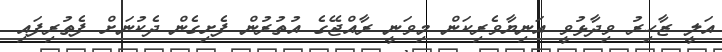
އަލީ ޒާހިރު ވިދާޅުވީ އަނިޔާވެރިކަން މިވަނީ ރާއްޖޭގެ އުތުރުން ފެށިގެން ދެކުނަށް ފެތުރިފައި